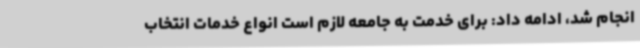
انجام شد، ادامه داد: برای خدمت به جامعه لازم است انواع خدمات انتخاب